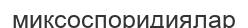
миксоспоридиялар